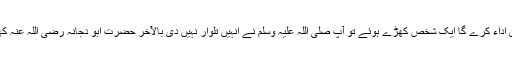
اس دن حضور اکرم صلی اللہ علیہ وسلم نے اعلان فرمایا کہ اس تلوار کا حق کون اداء کرے گا ایک شخص کھڑے ہوئے تو آپ صلی اللہ علیہ وسلم نے انہیں تلوار نہیں دی بالآخر حضرت ابو دجانہ رضی اللہ عنہ کھڑے ہوئے اور پوچھا یا رسول اللہ صلی اللہ علیہ وسلم اس تلوار کا حق کیا ہے ؟